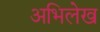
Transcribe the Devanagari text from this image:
अभिलेख